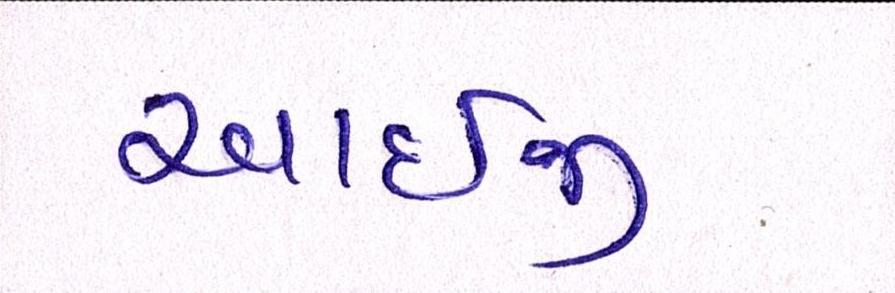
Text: આઇજી